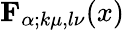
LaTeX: {\mathbf{F}}_{\alpha;k\mu,l\nu}(x)